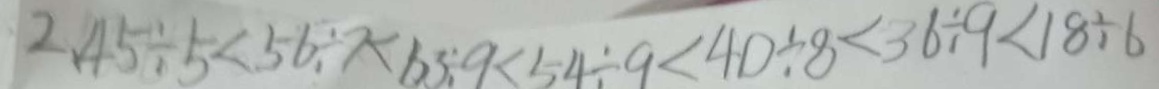
2 、 4 5 \div 5 < 5 6 \div 7 - 6 3 \div 9 < 5 4 \div 9 < 4 0 \div 8 < 3 6 \div 9 < 1 8 \div 6